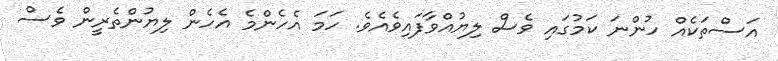
އަސްތަކެއް ހުންނަ ކަމުގައި ވެސް ލިޔުއްވާފައިވެއެވެ. ހަމަ އެހެންމެ އެހެން ލިޔުންތެރީން ވެސް